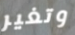
وتغير